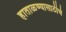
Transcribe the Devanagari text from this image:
हाताळण्यासाठीचे